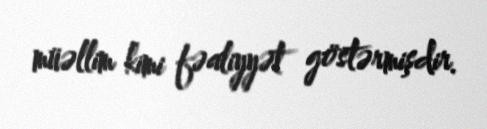
müəllim kimi fəaliyyət göstərmişdir.